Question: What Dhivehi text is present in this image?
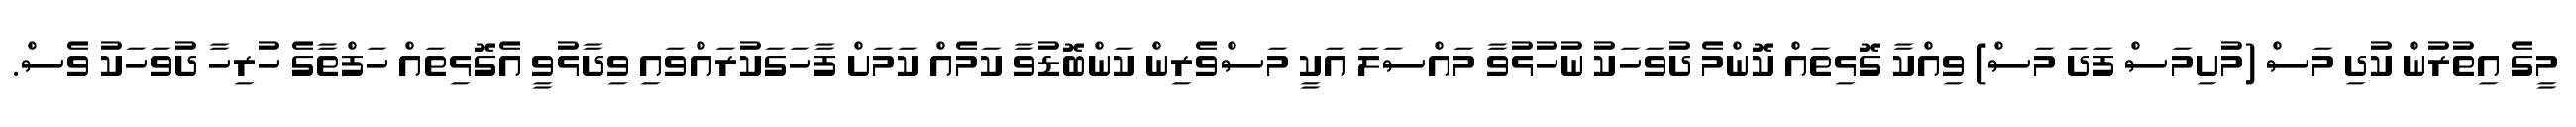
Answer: މީގެ އިތުރުން ކުދި މަސް (މުށިމަސް ފަދަ މަސް) ވިއްކާ ގޮޅިތައް ކޮންމެ ދުވަހަކު ނުހުޅުވާ މައްސަލަ އަކީ މަސްވެރިން ކަންބޮޑުވާ ކަމެއް ކަމަށް ފާހަގަކުރައްވައި ވިދާޅުވީ އެގޮޅިތައް ހަފްތާގެ ހުރިހާ ދުވަހަކު ވެސް.